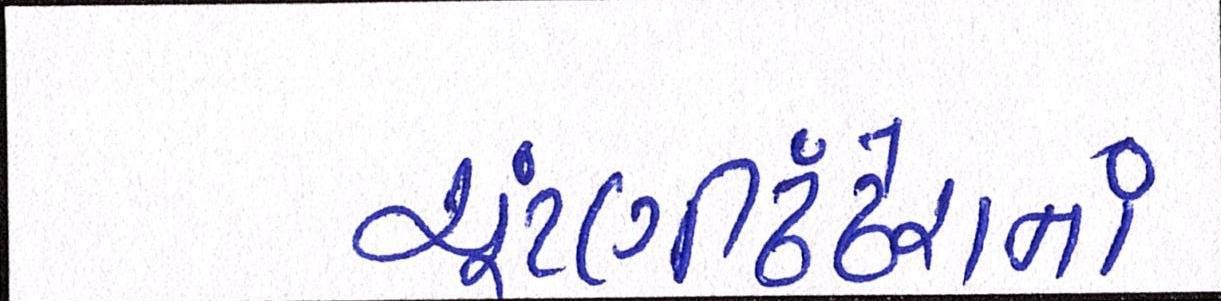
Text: ચૂંટણીઢંઢેરાનાં